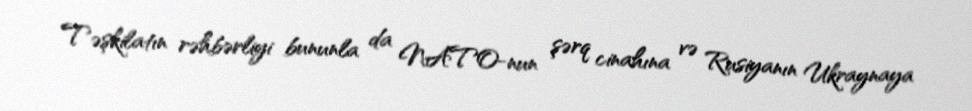
Təşkilatın rəhbərliyi bununla da NATO-nun şərq cinahına və Rusiyanın Ukraynaya